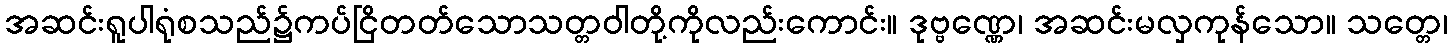
အဆင်းရူပါရုံစသည်၌ကပ်ငြိတတ်သောသတ္တဝါတို့ကိုလည်းကောင်း။ ဒုဗ္ဗဏ္ဏေ၊ အဆင်းမလှကုန်သော။ သတ္တေ၊